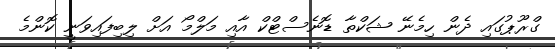
ގްރޫޕުގައި ދެން ހިމެނޭ ޝަކްތާ ޑޮނެސްޓްކް އާއި މަލްމޯ އަށް ލިބިފައިވަނީ ކޮންމެ